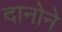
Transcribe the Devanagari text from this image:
दानोने